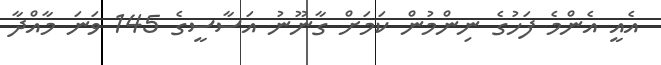
އެއީ އެންމެ ފަހުގެ ނިންމުން ކަމަށް ގާނޫނު އަސާސީގެ 145 ވަނަ މާއްދާ